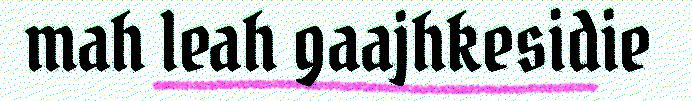
mah leah gaajhkesidie